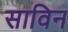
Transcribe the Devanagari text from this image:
साविन